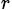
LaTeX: _{r}